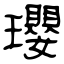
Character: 瓔